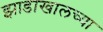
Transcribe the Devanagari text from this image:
झाडाखालच्या